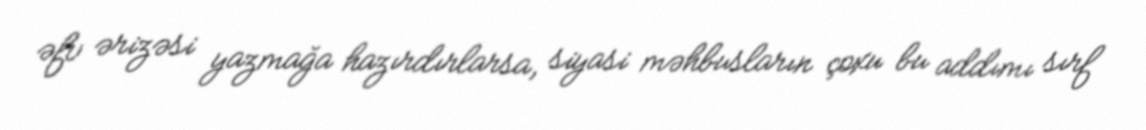
əfv ərizəsi yazmağa hazırdırlarsa, siyasi məhbusların çoxu bu addımı sırf